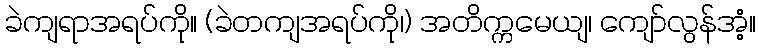
ခဲကျရာအရပ်ကို။ (ခဲတကျအရပ်ကို၊) အတိက္ကမေယျ၊ ကျော်လွန်အံ့။